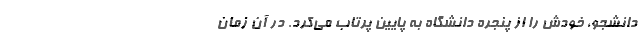
دانشجو، خودش را از پنجره دانشگاه به پایین پرتاب می‌کرد. در آن زمان